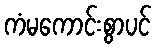
ကံမကောင်းစွာပင်